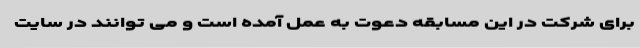
برای شرکت در این مسابقه دعوت به عمل آمده است و می توانند در سایت